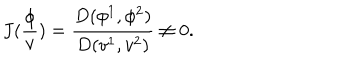
J ( \frac \phi v ) = \frac { D ( \phi ^ { 1 } , \phi ^ { 2 } ) } { D ( v ^ { 1 } , v ^ { 2 } ) } \neq 0 .